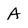
Character: A